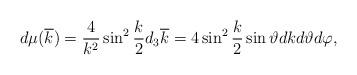
LaTeX: \begin{align*}d\mu(\overline{k})=\frac{4}{k^{2}}\sin^{2}\frac{k}{2}d_{3}\overline{k}=4\sin^{2}\frac{k}{2}\sin\vartheta dk d\vartheta d\varphi,\end{align*}